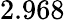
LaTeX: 2.968